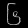
Digit: ၆